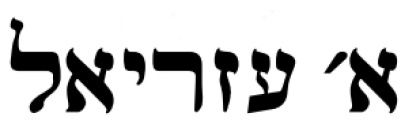
א׳ עזריאל